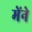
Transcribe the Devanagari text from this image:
मेंने